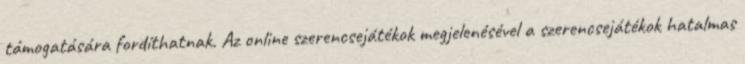
támogatására fordíthatnak. Az online szerencsejátékok megjelenésével a szerencsejátékok hatalmas